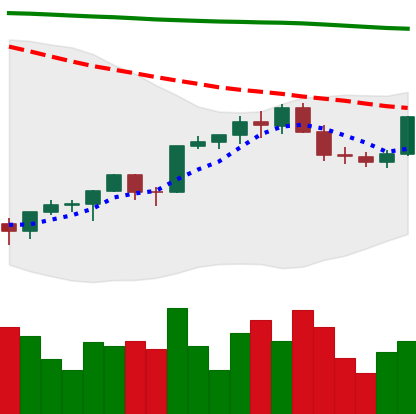
Ticker: ETH-USD
Chart end date: 2022-02-15
Forward return: -17.335%
Label: down_7plus